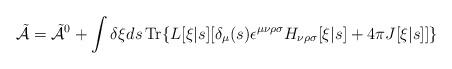
LaTeX: \begin{align*}\tilde{{\cal A}} = \tilde{{\cal A}}^0 + \int \delta \xi ds \,\mbox{\rm Tr} \{L[\xi|s] [\delta_\mu(s) \epsilon^{\mu\nu\rho\sigma} H_{\nu\rho\sigma}[\xi|s] + 4\pi J[\xi|s]]\}\end{align*}